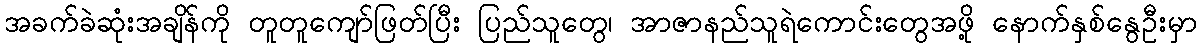
အခက်ခဲဆုံးအချိန်ကို တူတူကျော်ဖြတ်ပြီး ပြည်သူတွေ၊ အာဇာနည်သူရဲကောင်းတွေအဖို့ နောက်နှစ်နွေဦးမှာ